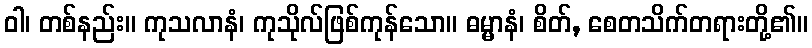
ဝါ၊ တစ်နည်း။ ကုသလာနံ၊ ကုသိုလ်ဖြစ်ကုန်သော။ ဓမ္မာနံ၊ စိတ်, စေတသိက်တရားတို့၏။